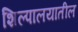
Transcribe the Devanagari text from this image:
शिल्पालयातील